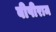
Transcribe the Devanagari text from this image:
बीपीराम